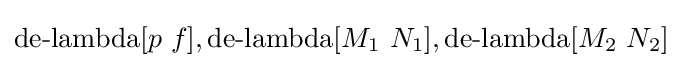
\operatorname {de-lambda} [p\ f],\operatorname {de-lambda} [M_{1}\ N_{1}],\operatorname {de-lambda} [M_{2}\ N_{2}]